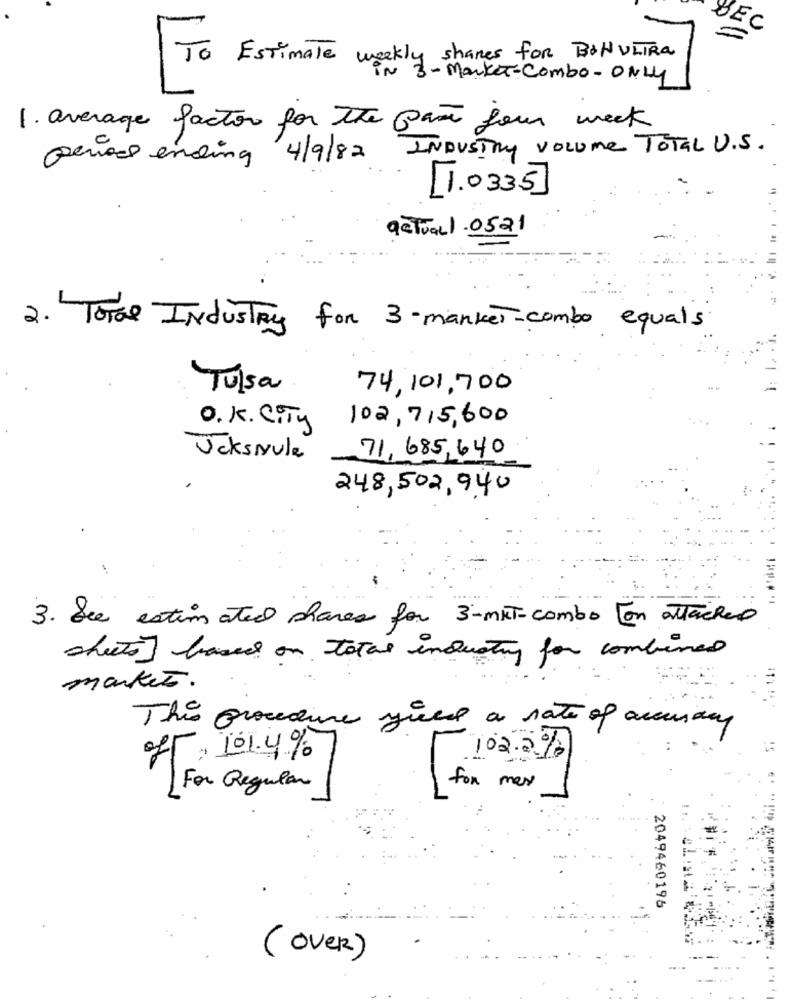
DEC
To Estimate weekly shares for BONULTRA
in 3 - Market -Combo - ONLY
1. average factor for the past four week
period ending 4/9/82 INDUSTRY Volume Total U.S.
[1.033.5]
actual1 . 0521
2. Tomas Industry for 3-market-combo equals
Tulsa
74,101,700
102,715,600
O. K. City
71,685,640
JcksNule
248,502,940
3. See estim ated phares for 3-MKT-combo Fon attached
sheets] based on total industry for combined
market.
This procedure yued a rate of accuracy
7, 101.4%
102.2%
For Regular
for mex
2049460196
(OVER)